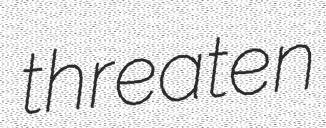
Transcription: threaten